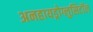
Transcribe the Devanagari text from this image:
अनहायड्रोग्लुसिटॉल